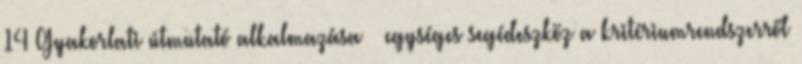
14 Gyakorlati útmutató alkalmazása – egységes segédeszköz a kritériumrendszerről